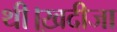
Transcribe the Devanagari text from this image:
थी।ख़दीजा